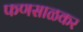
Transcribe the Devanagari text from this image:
फणसाळकर